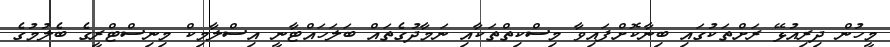
މީހުން ދިރިއުޅޭ ރަށްތަކުގައި ބިނާކޮށްފައިވާ މިސްކިތްތަކާއި ނަމާދުގެތައް ބަލަހައްޓާނީ އިސްލާމިކް މިނިސްޓްރީގެ ބެލުމުގެ